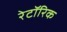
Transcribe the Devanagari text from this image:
रेटॉरिक